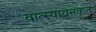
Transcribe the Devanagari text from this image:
वात्स्यायनकृत